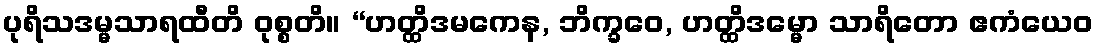
ပုရိသဒမ္မသာရထီတိ ဝုစ္စတိ။ “ဟတ္ထိဒမကေန, ဘိက္ခဝေ, ဟတ္ထိဒမ္မော သာရိတော ဧကံယေဝ